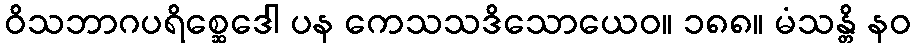
ဝိသဘာဂပရိစ္ဆေဒေါ ပန ကေသသဒိသောယေဝ။ ၁၈၈။ မံသန္တိ နဝ